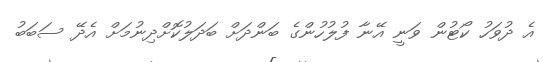
އެ ދުވަހު ކޯޓުން ވަނީ އޭނާ ފުލުހުންގެ ބަންދަށް ބަދަލުކޮށްދިނުމަށް އެދޭ ސަބަބު